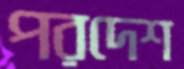
পরদেশ